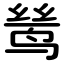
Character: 鸶